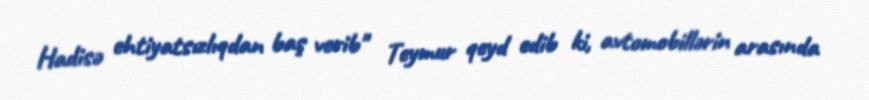
Hadisə ehtiyatsızlıqdan baş verib" Teymur qeyd edib ki, avtomobillərin arasında